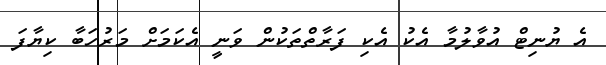
އެ ޔުނިޓް އުވާލުމާ އެކު އެކި ފަރާތްތަކުން ވަނީ އެކަމަށް މަރުހަބާ ކިޔާފަ